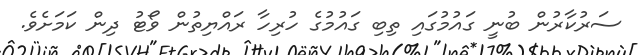
ސަރުކާރުން ބުނީ ގައުމުގައި ތިބި ގައުމުގެ ހުރިހާ ރައްޔިތުން ވޯޓު ދިން ކަމަށެވެ.